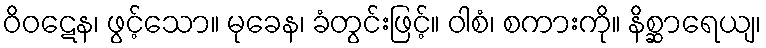
ဝိဝဋေန၊ ဖွင့်သော။ မုခေန၊ ခံတွင်းဖြင့်။ ဝါစံ၊ စကားကို။ နိစ္ဆာရေယျ၊